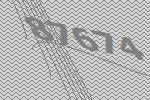
87674